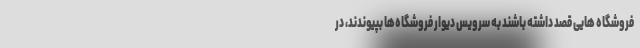
فروشگاه هایی قصد داشته باشند به سرویس دیوار فروشگاه‌ها بپیوندند، در